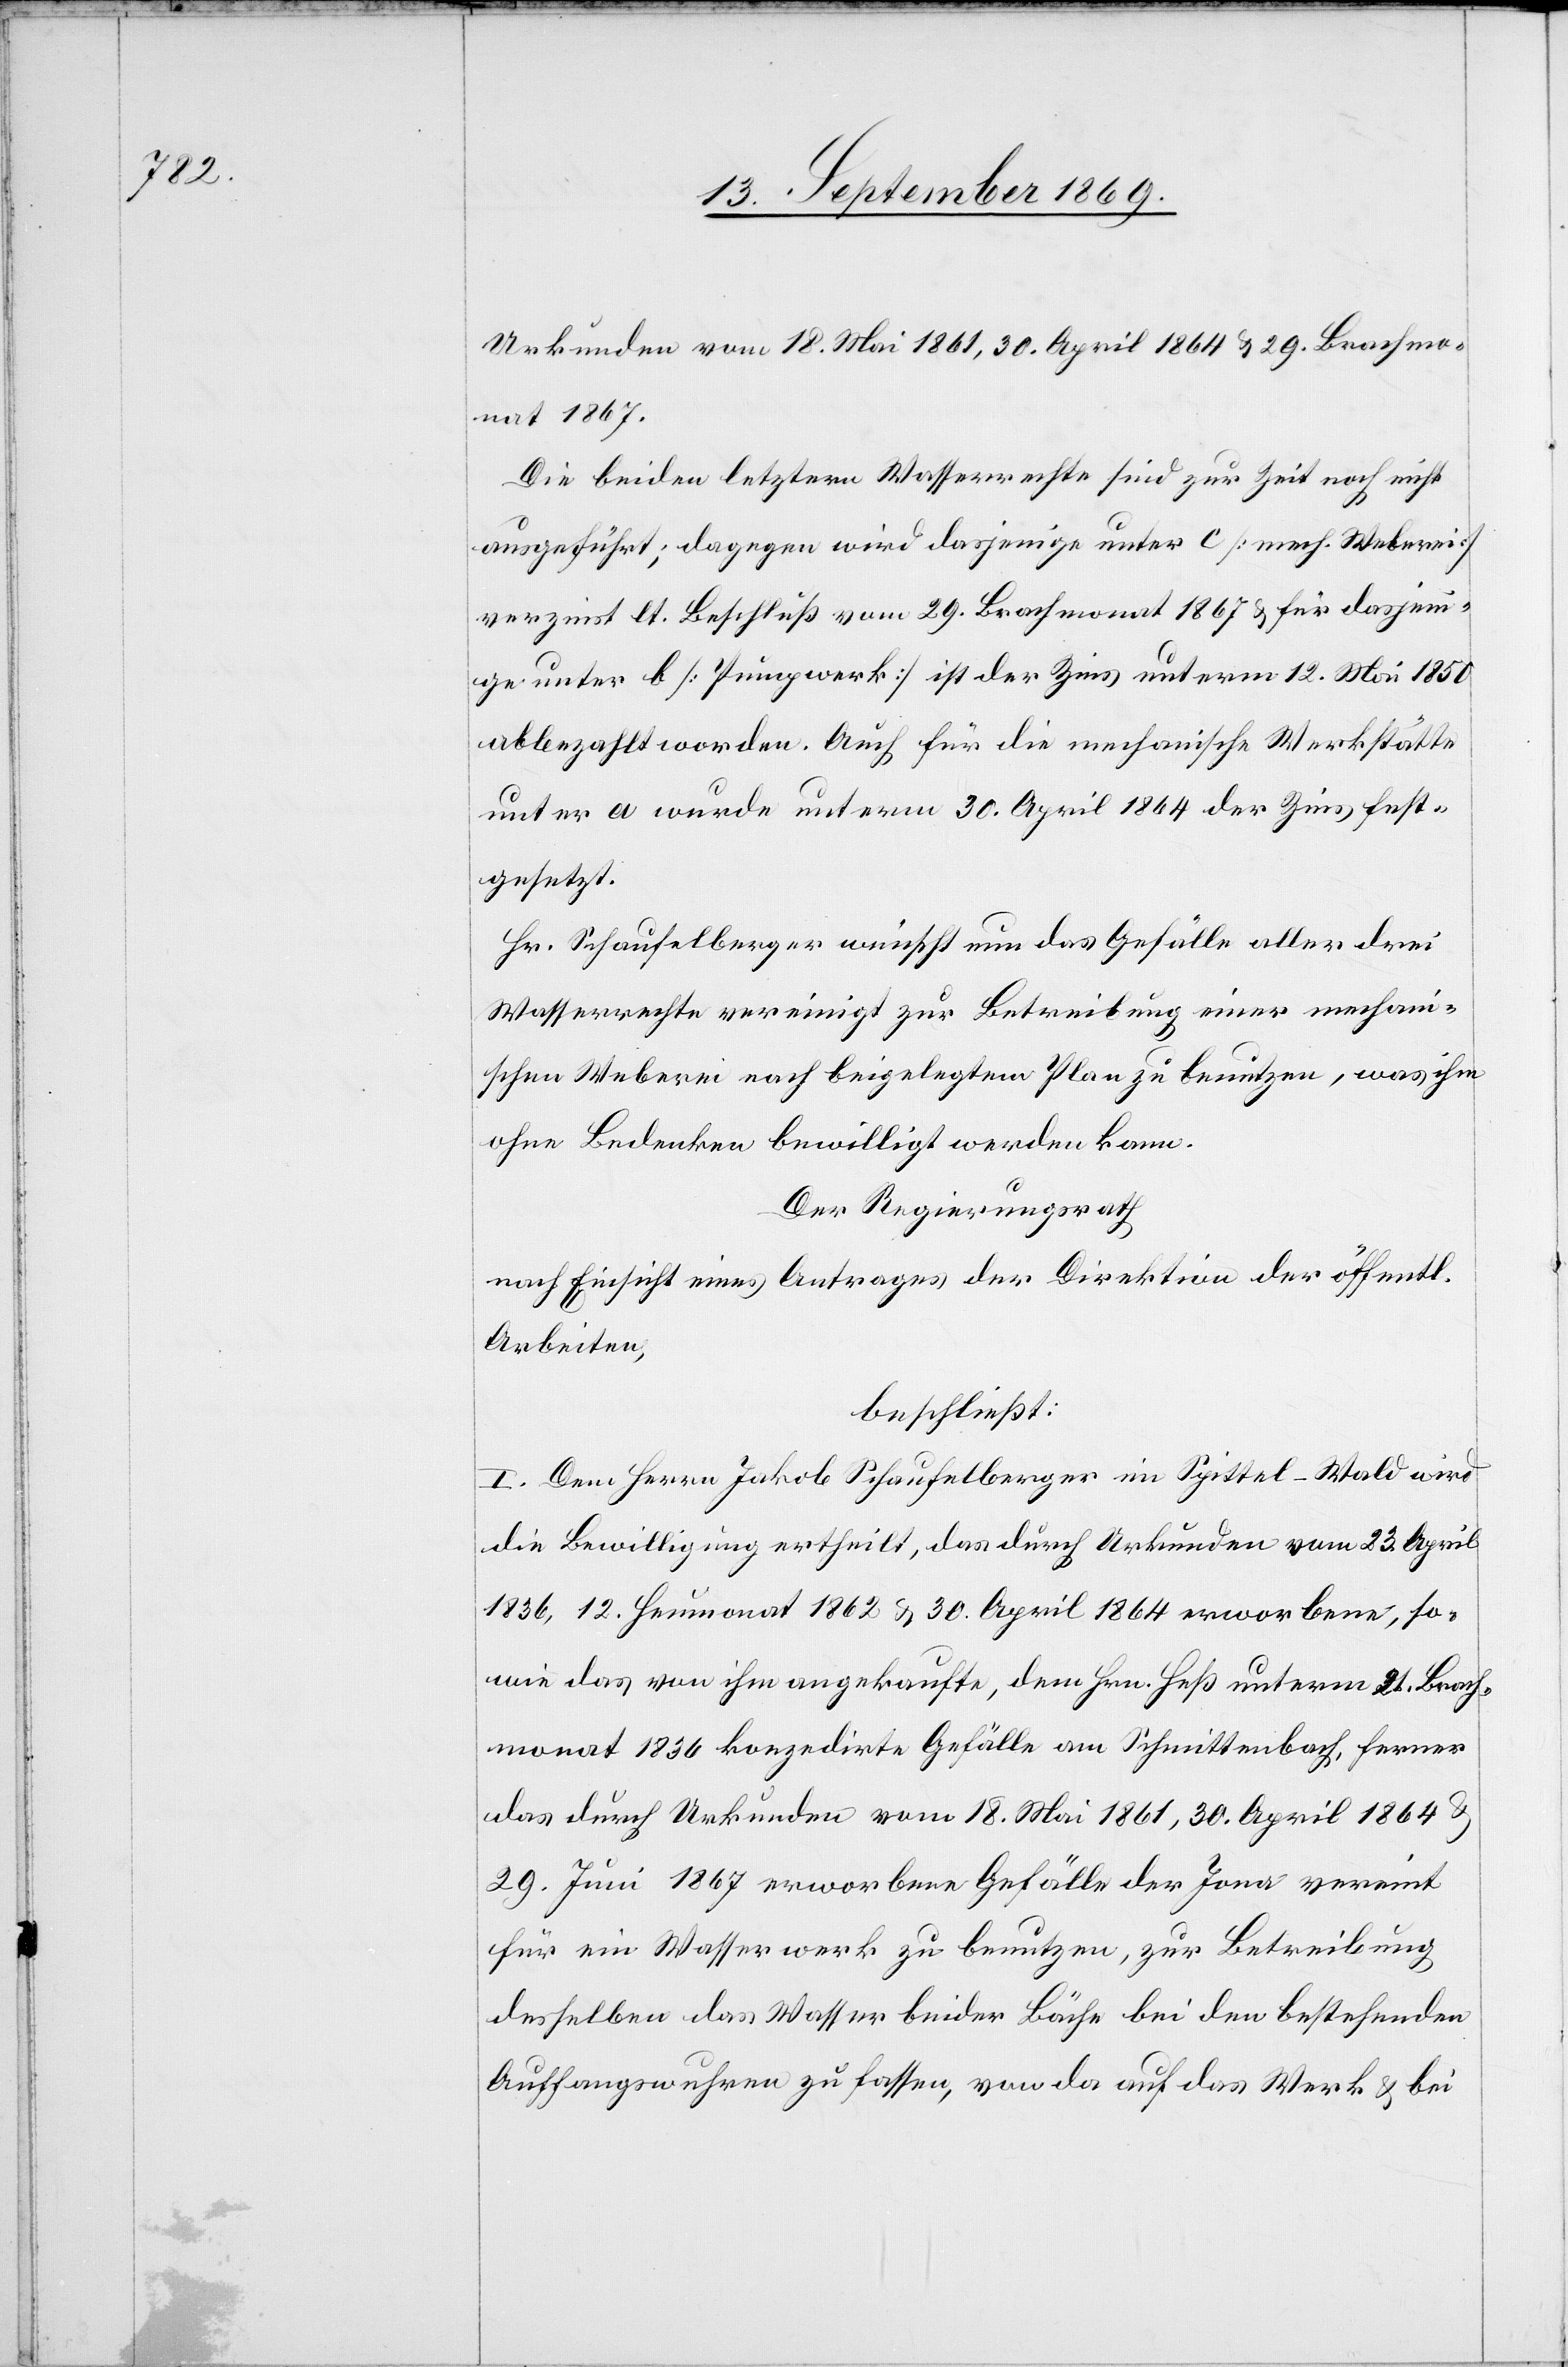
Urkunden vom 18. Mai 1861, 30. April 1864 & 29. Brachmo¬
nat 1867.
Die beiden letztern Wasserrechte sind zur Zeit noch nicht
ausgeführt; dagegen wird dasjenige unter c [mech. Weberei]
verzinst lt. Beschluß vom 29. Brachmonat 1867 & für dasjen¬
ige unter b [Pumpwerk] ist der Zins unterm 12. Mai 1850
abbezahlt worden. Auch für die mechanische Werkstätte
unter a wurde unterm 30. April 1864 der Zins fest¬
gesetzt.
Hr. Schaufelberger wünscht nun das Gefälle aller drei
Wasserrechte vereinigt zur Betreibung einer mechan¬
ischen Weberei nach beigelegtem Plan zu benutzen, was ihm
ohne Bedenken bewilligt werden kann.
Der Regierungsrath
nach Einsicht eines Antrages der Direktion der öffentl.
Arbeiten,
beschließt:
I. Dem Herrn Jakob Schaufelberger im Spittel-Wald wird
die Bewilligung ertheilt, das durch Urkunden vom 23. April
1836, 12. Heumonat 1862 & 30. April 1864 erworbene, so¬
wie das von ihm angekaufte, dem Hrn. Heß unterm 21. Brach¬
monat 1836 konzedirte Gefälle am Schmittenbach, ferner
das durch Urkunden vom 18. Mai 1861, 30. April 1864 &
29. Juni 1867 erworbene Gefälle der Jona vereint
für ein Wasserwerk zu benutzen, zur Betreibung
desselben das Wasser beider Bäche bei den bestehenden
Auffangswuhren zu fassen, von da auf das Werk & bei